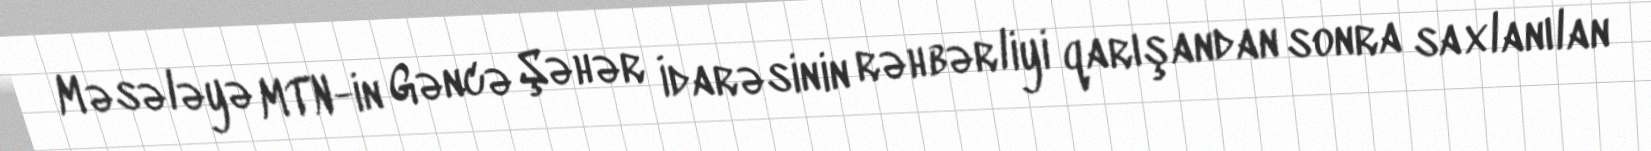
Məsələyə MTN-in Gəncə Şəhər İdarəsinin rəhbərliyi qarışandan sonra saxlanılan